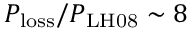
P _ { \mathrm { l o s s } } / P _ { \mathrm { L H 0 8 } } \sim 8